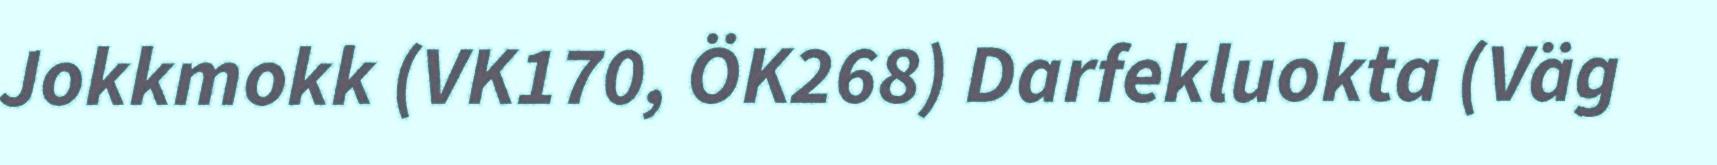
Jokkmokk (VK170, ÖK268) Darfekluokta (Väg